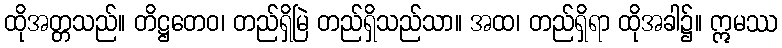
ထိုအတ္တသည်။ တိဋ္ဌတေဝ၊ တည်ရှိမြဲ တည်ရှိသည်သာ။ အထ၊ တည်ရှိရာ ထိုအခါ၌။ ဣမဿ